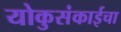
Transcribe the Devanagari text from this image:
योकुसंकाईचा